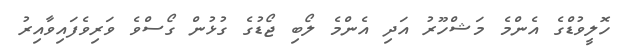
ހޮލީވުޑްގެ އެންމެ މަޝްހޫރު އަދި އެންމެ ލޯބި ޖޯޑުގެ ގުޅުން ގޯސްވެ ވަރިވެފައިވާއިރު